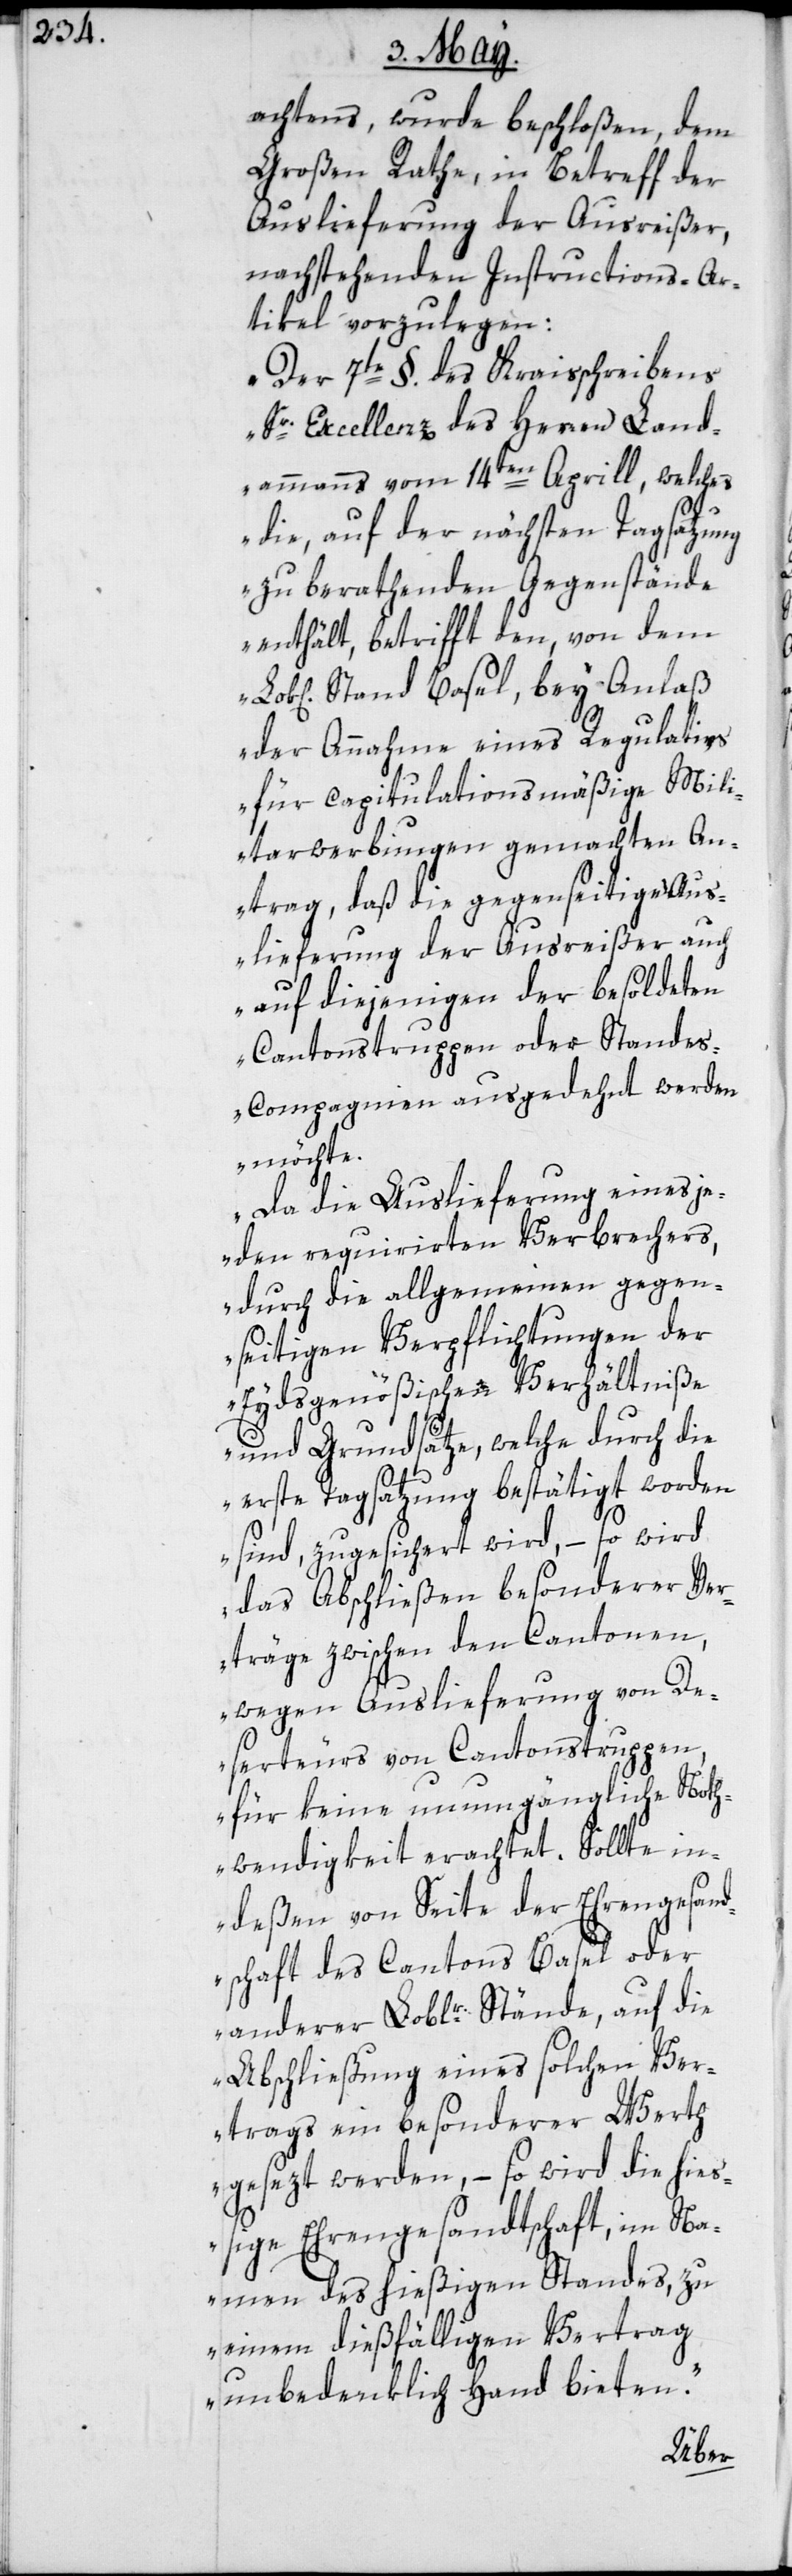
achtens, wurde beschloßen, dem
Großen Rathe, in Betreff der
Auslieferung der Ausreißer,
nachstehenden Instructions-Ar¬
tikel vorzulegen:
„Der 7te § des Kraisschreibens
Sr. Excellenz des Herren Lad¬
ammanns vom 14ten Aprill, welches
die, auf der nächsten Tagsatzung
zu berathenden Gegenstände
enthält, betrifft den, von dem
Stand Basel, bey Anlaß
der Annahme eines Regulativs
für capitulationsmäßige Mili¬
tarwerbungen gemachten An¬
trag, daß die gegenseitige Aus¬
lieferung der Ausreißer auch
auf diejenigen der besoldeten
Cantonstruppen oder Standes¬
compagnien ausgedehnt werden
möchte.
Da die Auslieferung eines je¬
den requirirten Verbrechers,
durch die allgemeinen gegen¬
seitigen Verpflichtungen der
Eydsgenößischen Verhältniße
und Grundsätze, welche durch die
erste Tagsatzung bestätigt worden
sind, zugesichert wird, – so wird
das Abschließen besonderer Ver¬
träge zwischen den Cantonen,
wegen Auslieferung von De¬
serteurs von Cantonstruppen,
für keine unumgängliche Noth¬
wendigkeit erachtet. Sollte in¬
deßen von Seite der Ehrengesand¬
tschaft des Cantons Basel oder
anderer Loblr. Stände, auf die
Abschließung eines solchen Ver¬
trags ein besonderer Werth
gesezt werden, – so wird die hieß¬
ige Ehrengesandtschaft, im Na¬
men des hießigen Standes, zu
einem dießfälligen Vertrag
unbedenklich Hand bieten“.